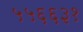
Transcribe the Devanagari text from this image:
५५६६३१